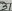
Text: 5